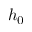
h _ { 0 }